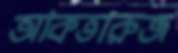
আকতারুজ